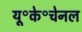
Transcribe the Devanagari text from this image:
यू॰के॰चेनल